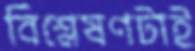
বিশ্লেষণটাই